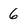
Character: 6